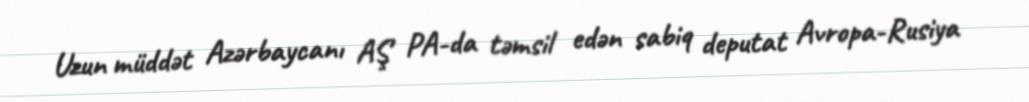
Uzun müddət Azərbaycanı AŞ PA-da təmsil edən sabiq deputat Avropa-Rusiya